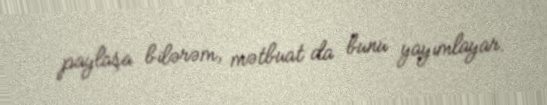
paylaşa bilərəm, mətbuat da bunu yayımlayar.